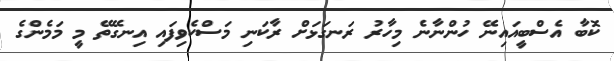
ކޮބާ އެސްބީއައިނޭ ހުންނާނެ މިހާރު ރަނގަޅަށް ރާކަނި މަސްކެވިފައި އިނގޭތޭ މީ މަމެންގެ